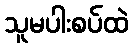
သူမပါးစပ်ထဲ